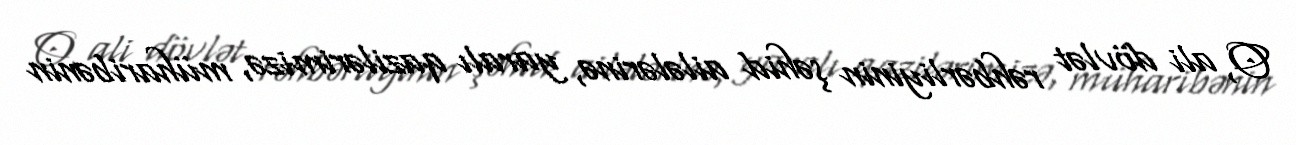
O, ali dövlət rəhbərliyinin şəhid ailələrinə, yaralı qazilərimizə, müharibənin